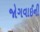
જોગવાઈની